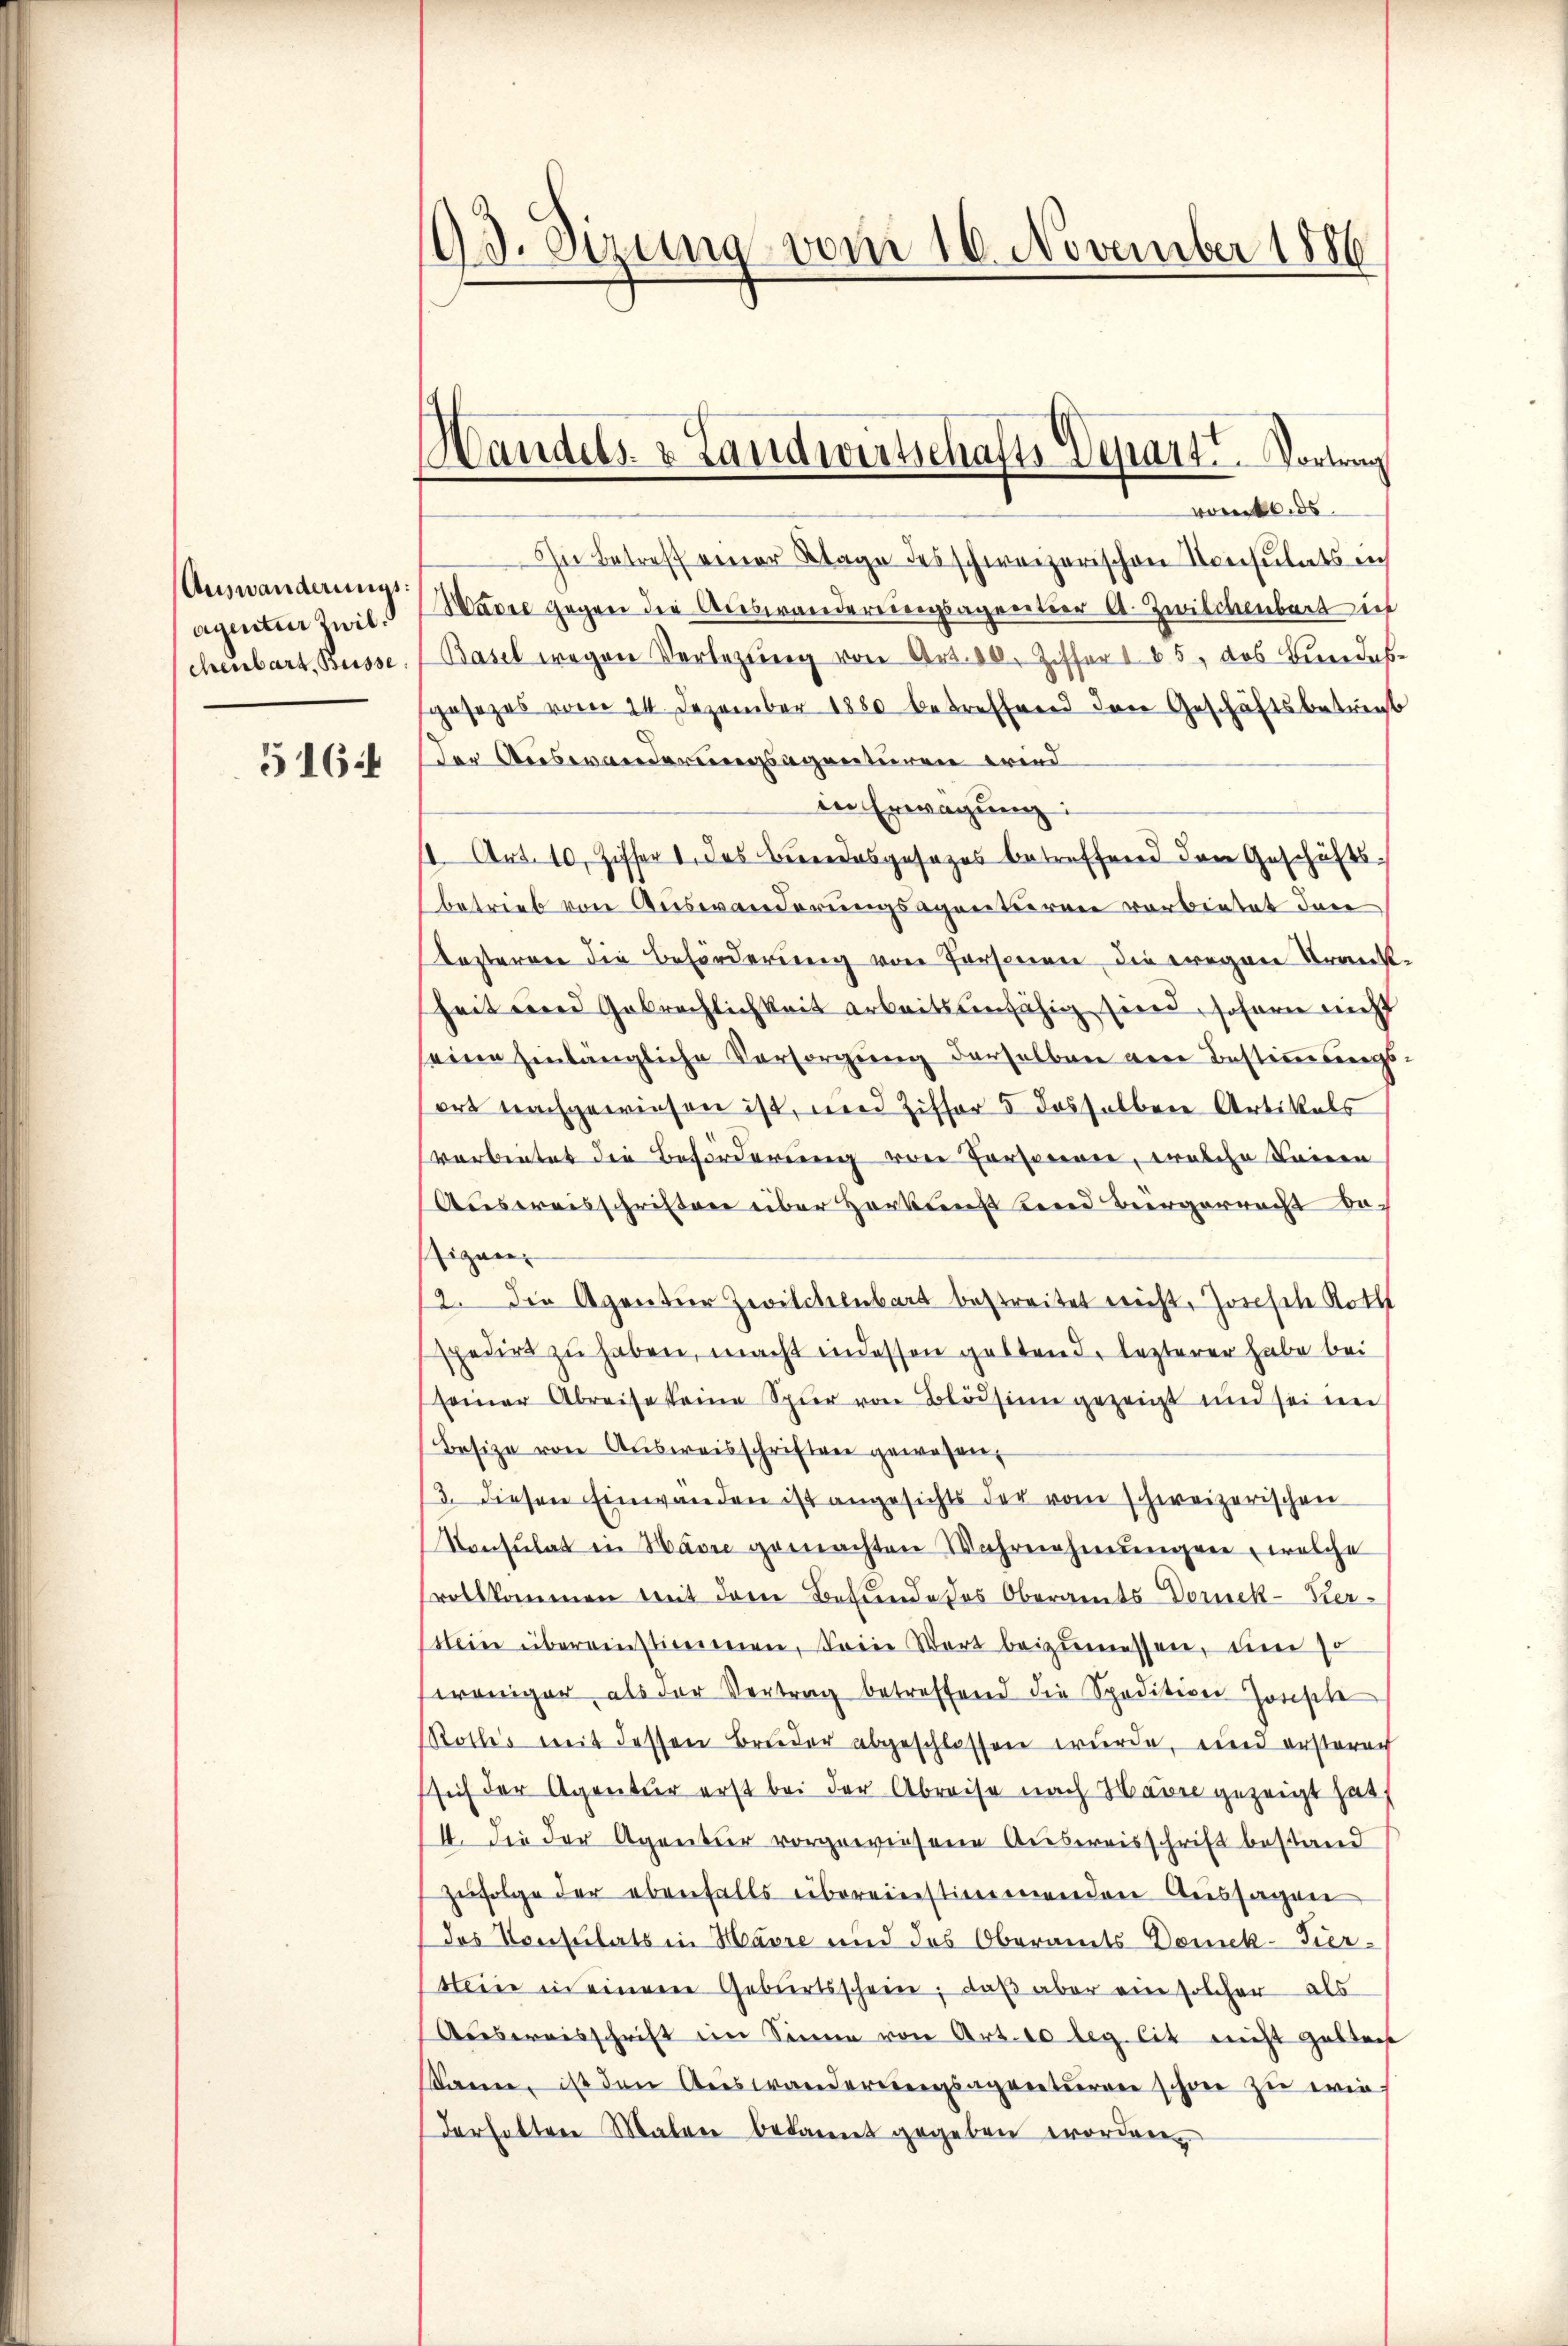
Auswanderungsaginter zwil.
chenbart, Busse

93. Sizung vom 10. November 1886

Handels- & Landwirtschafts Depart. Vortrag

vors
In Betreff einer Klage des schweizerischen Konsulats in
Waren Gegen die Auswanderungsagereter A. Zwilchenbar ich
Basel wegen Verlegung von Art. 10. Ziffer 185, das Bundesgesezes vom 14. Dezember 1880 betreffend den Geschäftsbetrent
115 der Auswanderungsagenturen wied
in Erwägung:
10. Art. 10. Ziffer 1. das Bundesgesezes betreffend der Geschäftsbetrieb von Auswanderungsagentieren verbietet dann
esteren die Beförderung von Personen die wegen Krankheit und Gebrechlichkeit arbeitsunfähig sind, sofern nicht
seine hinlängliche Vorsorgung derselben were Bestimmungsort nachgewiesen ist, und Ziffer 5 desselbere Artikals
vorbeitet die Beförderung von Personeren, welche Leinen
Ausweisschriften über Herkung und Bürgerrecht dasigen.
2. Die Agention Zwilchenbart bestreitet recht, Josefele Roth
spedirt zu haben, macht in dessen geltend, lezterer habe bei
seiner Abreise keine Spier von Blödsinn gezeigt und sei de
Besize von Ausweisschriften gewesen,
/3. diesen Einwanden ist angesichts der vom schweizerischen
Konsulat in Havre gemachten Wahrnehmungen welche
vollkommen mit dem Befunde des Oberamts-Dornek-Ker¬
Mein übereinstimmen, Freie Wort beizumessen, um so
weniger als der Vertrag betreffend die Spedition Ionische
Rottes mit dessen Bruder abgeschlossen wurde, und ersterach
sich der Agentur erst bei der Abreise nach Hasel gezeigt hat,
4. Die der Agentur vorgewiesene Ausweisschrift bestand
Zufolge der ebenfalls übereinstimmenden Aussagen
des Konsulats in Havre und des Oberamts-Domek-Tier-
Meine in einem Geburtsschein, daß aber ein solcher als
Auesereisschrift im Sinne von Art. 10 leg lit nicht gebten
Same, ist den Auswanderungsagenturren schon zu wie
derhalten Malen bekannt gegeben worden.